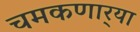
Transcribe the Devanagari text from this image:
चमकणार्‍या